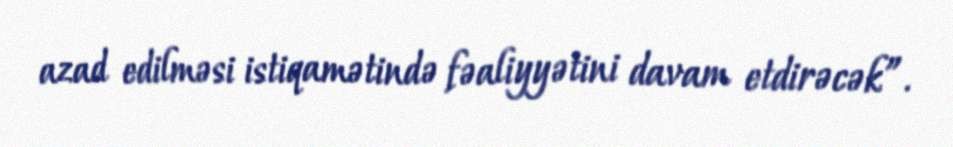
azad edilməsi istiqamətində fəaliyyətini davam etdirəcək”.